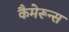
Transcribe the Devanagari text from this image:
कैमेरून्स